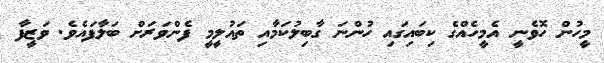
މީހުން ހޮވެނީ އެމީހެއްގެ ކިބައިގައި ހުންނަ ގާބިލުކަމާއި ތައުލީމީ ފެންވަރަށް ބަލާފައެވެ. ވަޒީފާ